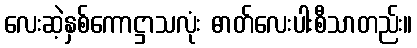
လေးဆဲ့နှစ်ကောဋ္ဌာသလုံး ဓာတ်လေးပါးစီသာတည်း။